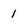
Character: 1